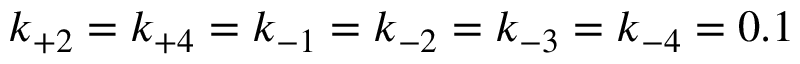
k _ { + 2 } = k _ { + 4 } = k _ { - 1 } = k _ { - 2 } = k _ { - 3 } = k _ { - 4 } = 0 . 1